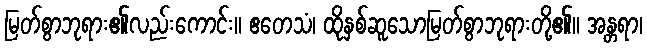
မြတ်စွာဘုရား၏လည်းကောင်း။ ဧတေသံ၊ ထိုနှစ်ဆူသောမြတ်စွာဘုရားတို့၏။ အန္တရာ၊